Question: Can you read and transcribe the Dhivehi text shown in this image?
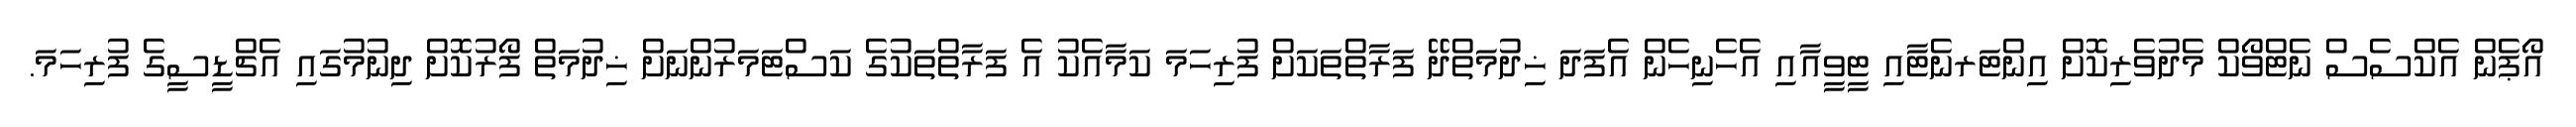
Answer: އޯޕެން އެކްސެސް ނެޓްވޯކް މެދުވެރިކޮށް އިންޓަރނެޓާއި ޓީވީއާއި އެހެނިހެން އެފަދަ ޚިދުމަތްދޭ ފަރާތްތަކަށް ފުރިހަމަ ކަމާއެކު އެ ފަރާތްތަކުގެ ކަސްޓަމަރުންނަށް ޚިދުމަތް ފޯރުކޮށް ދިނުމުގައި އެޗްޑީސީގެ ފުރިހަމަ.